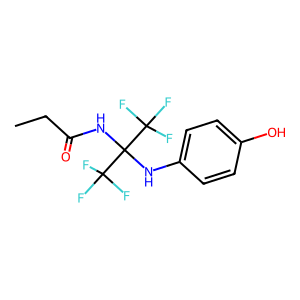
SMILES: CCC(=O)NC(Nc1ccc(O)cc1)(C(F)(F)F)C(F)(F)F
Inhibits HIV replication: No